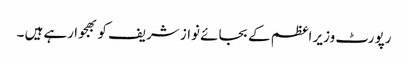
رپورٹ وزیر اعظم کے بجائے نواز شریف کو بھجوا رہے ہیں ۔